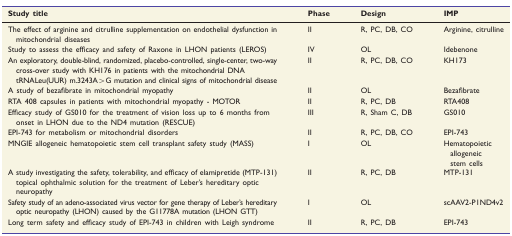
<table><thead><tr><td><b>Study title</b></td><td><b>Phase</b></td><td><b>Design</b></td><td><b>IMP</b></td></tr></thead><tbody><tr><td>The effect of arginine and citrulline supplementation on endothelial dysfunction in mitochondrial diseases</td><td>II</td><td>R, PC, DB, CO</td><td>Arginine, citrulline</td></tr><tr><td>Study to assess the efficacy and safety of Raxone in LHON patients (LEROS)</td><td>IV</td><td>OL</td><td>Idebenone</td></tr><tr><td>An exploratory, double-blind, randomized, placebo-controlled, single-center, two-way cross-over study with KH176 in patients with the mitochondrial DNA tRNALeu(UUR) m.3243A&gt;G mutation and clinical signs of mitochondrial disease</td><td>II</td><td>R, PC, DB, CO</td><td>KH173</td></tr><tr><td>A study of bezafibrate in mitochondrial myopathy</td><td>II</td><td>OL</td><td>Bezafibrate</td></tr><tr><td>RTA 408 capsules in patients with mitochondrial myopathy - MOTOR</td><td>II</td><td>R, PC, DB</td><td>RTA408</td></tr><tr><td>Efficacy study of GS010 for the treatment of vision loss up to 6 months from onset in LHON due to the ND4 mutation (RESCUE)</td><td>III</td><td>R, Sham C, DB</td><td>GS010</td></tr><tr><td>EPI-743 for metabolism or mitochondrial disorders</td><td>II</td><td>R, PC, DB, CO</td><td>EPI-743</td></tr><tr><td>MNGIE allogeneic hematopoietic stem cell transplant safety study (MASS)</td><td>I</td><td>OL</td><td>Hematopoietic allogeneic stem cells</td></tr><tr><td>A study investigating the safety, tolerability, and efficacy of elamipretide (MTP-131) topical ophthalmic solution for the treatment of Leber’s hereditary optic neuropathy</td><td>II</td><td>R, PC, DB</td><td>MTP-131</td></tr><tr><td>Safety study of an adeno-associated virus vector for gene therapy of Leber’s hereditary optic neuropathy (LHON) caused by the G11778A mutation (LHON GTT)</td><td>I</td><td>OL</td><td>scAAV2-P1ND4v2</td></tr><tr><td>Long term safety and efficacy study of EPI-743 in children with Leigh syndrome</td><td>II</td><td>R, PC, DB</td><td>EPI-743</td></tr></tbody></table>